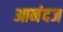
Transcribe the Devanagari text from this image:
आनंदज